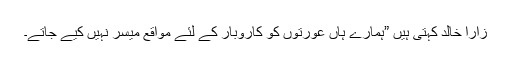
زارا خالد کہتی ہیں ”ہمارے ہاں عورتوں کو کاروبار کے لئے مواقع میسر نہیں کیے جاتے۔